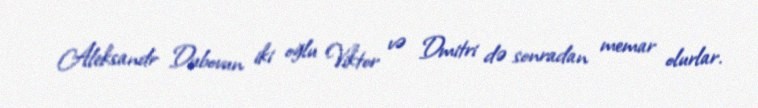
Aleksandr Dubovun iki oğlu Viktor və Dmitri də sonradan memar olurlar.